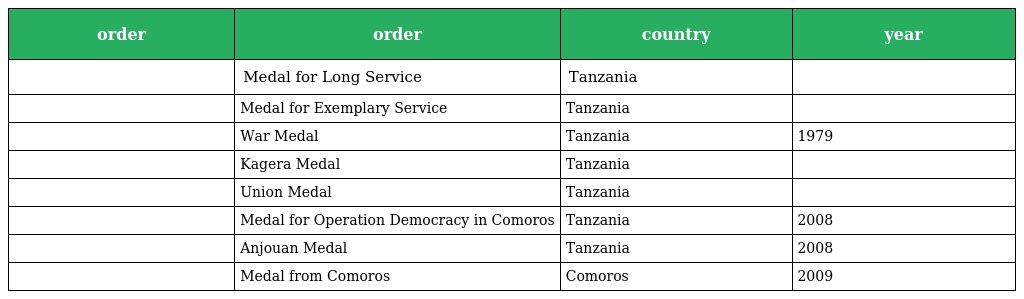
| order | order | country | year |
 | --- | --- | --- | --- |
 |  | Medal for Long Service | Tanzania |  |
 |  | Medal for Exemplary Service | Tanzania |  |
 |  | War Medal | Tanzania | 1979 |
 |  | Kagera Medal | Tanzania |  |
 |  | Union Medal | Tanzania |  |
 |  | Medal for Operation Democracy in Comoros | Tanzania | 2008 |
 |  | Anjouan Medal | Tanzania | 2008 |
 |  | Medal from Comoros | Comoros | 2009 |